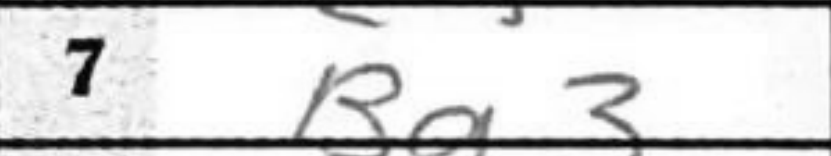
Transcription: Ba3